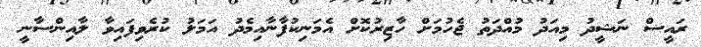
ރައީސް ނަޝީދު މިއަދު މުއްދަތު ޖެހުމަށް ހާޒިރުކޮށް އެމަނިކުފާނާއިމެދު އަމަލު ކުރެވިފައިވާ ލާއިންސާނީ